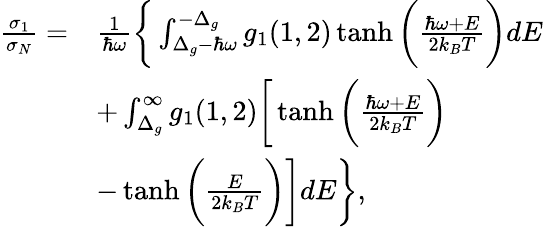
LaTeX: \begin{array}{rl}{\frac{\sigma_{1}}{\sigma_{N}}=}&{\frac{1}{\hbar\omega}\bigg\{ \int_{\Delta_{g}-\hbar\omega}^{-\Delta_{g}}g_{1}(1,2)\operatorname{tanh}\bigg(\frac{\hbar\omega+E}{2k_{B}T}\bigg)dE}\\ &{+\int_{\Delta_{g}}^{\infty}g_{1}(1,2)\bigg[\operatorname{tanh}\bigg(\frac{\hbar\omega+E}{2k_{B}T}\bigg)}\\ &{-\operatorname{tanh}\bigg(\frac{E}{2k_{B}T}\bigg)\bigg]dE\bigg\} ,}\end{array}